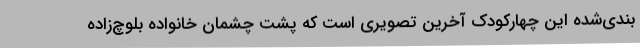
‌بندی‌شده این چهارکودک آخرین تصویری است که پشت چشمان خانواده بلوچ‌زاده